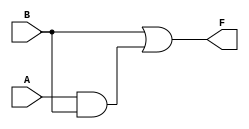
module two_variable_kmap (
    input wire A,  // 1-bit input A
    input wire B,  // 1-bit input B
    output wire F  // 1-bit output F
);

// Define the logic for the output F based on the values of A and B.
// Example: Based on the K-map logic described, let's assume the following output mapping:
// F(0,0) = 0, F(0,1) = 1, F(1,0) = 1, F(1,1) = 1
// This means: F = B + A

assign F = (B) || (A && B); // F = B + A*B

endmodule